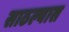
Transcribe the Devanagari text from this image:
साठल्यास